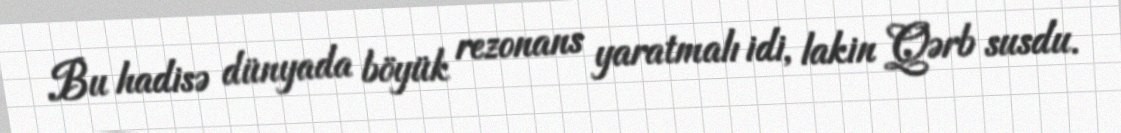
Bu hadisə dünyada böyük rezonans yaratmalı idi, lakin Qərb susdu.